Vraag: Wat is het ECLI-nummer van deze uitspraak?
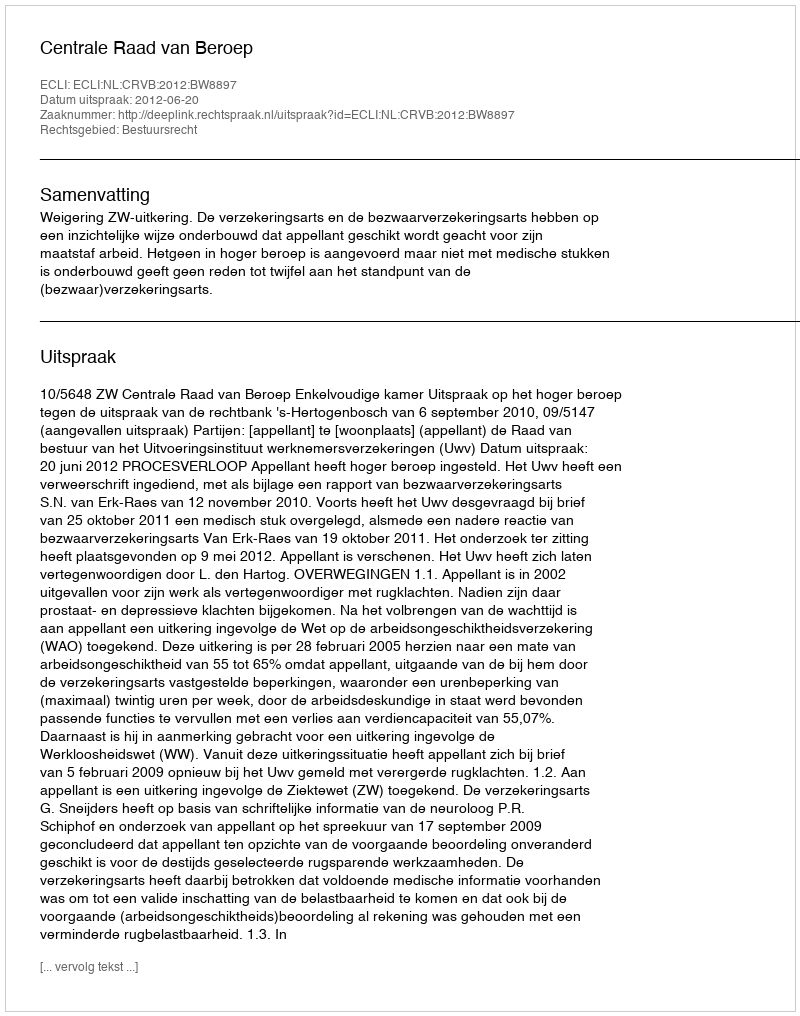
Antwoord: ECLI:NL:CRVB:2012:BW8897